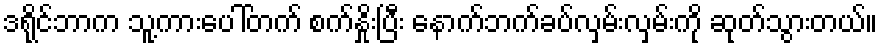
ဒရိုင်ဘာက သူ့ကားပေါ်တက် စက်နှိုးပြီး နောက်ဘက်ခပ်လှမ်းလှမ်းကို ဆုတ်သွားတယ်။